Vaccination in Bombay 1902-1912 - 1902-1912
Year: 1902
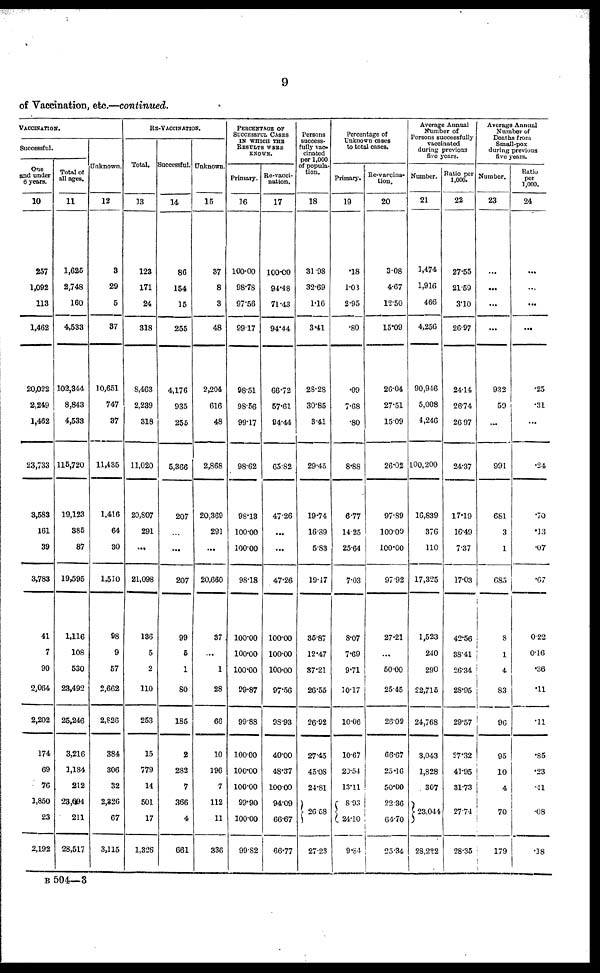
9
of Vaccination, etc.—continued.
VACCINATION.
Successful.
One
and under
6 years.
10
257
1,092
113
1,462
20,022
2,249
1,462
23,733
3,583
161
39
3,783
41
7
90
2,064
2,202
174
69
76
1,850
23
2,192
Total of
all ages.
11
1,625
2,748
160
4,533
102,344
8,843
4,533
115,720
19,123
385
87
19,595
1,116
108
530
23,492
25,246
3,216
1,184
212
23,694
211
28,517
Unknown.
12
3
29
5
37
10,651
747
37
11,435
1,416
64
30
1,510
98
9
57
2,662
2,826
384
306
32
2,326
67
3,115
RE-VACCINATION.
Total.
13
123
171
24
318
8,463
2,239
318
11,020
20,807
291
...
21,098
136
5
2
110
253
15
779
14
501
17
1,326
Successful.
14
86
154
15
255
4,176
935
255
5,366
207
...
...
207
99
5
1
80
185
2
282
7
366
4
661
Unknown.
15
37
8
3
48
2,204
616
48
2,868
20,369
291
...
20,660
37
...
1
28
66
10
196
7
112
11
336
PERCENTAGE OF
SUCCESSFUL CASES
IN WHICH THE
RESULTS WERE
KNOWN.
Primary.
16
100.00
98.78
97.56
99.17
98.51
98.56
99.17
98.62
98.13
100.00
100.00
98.18
100.00
100.00
100.00
99.87
99.88
100.00
100.00
100.00
99.90
100.00
99.82
Re-vacci-
nation.
17
100.00
94.48
71.43
94.44
66.72
57.61
94.44
65.82
47.26
...
...
47.26
100.00
100.00
100.00
97.56
98.93
40.00
48.37
100.00
94.09
66.67
66.77
Persons
success-
fully vac-
cinated
per 1,000
of popula-
tion.
18
31.98
32.69
1.16
3.41
28.28
30.85
3.41
29.45
19.74
16.89
5.83
19.17
35.87
12.47
37.21
26.55
26.92
27.45
45.08
24.81
26.58
27.23
Percentage of
Unknown cases
to total cases.
Primary.
19
.18
1.08
2.95
.80
.09
7.68
.80
8.88
6.77
14.25
25.64
7.03
8.07
7.69
9.71
10.17
10.06
10.67
20.54
13.11
8.93
24.10
9.84
Re-vaccina-
tion.
20
3.08
4.67
12.50
15.09
26.04
27.51
15.09
26.02
97.89
100.00
100.00
97.92
27.21
...
50.00
25.45
26.09
66.67
25.16
50.00
22.36
64.70
25.34
Average Annual
Number of
Persons successfully
vaccinated
during previous
five years.
Number.
21
1,474
1,916
466
4,256
90,946
5,008
4,246
100,200
16,839
376
110
17,325
1,523
240
290
22,715
24,768
3,043
1,828
307
23,044
28,222
Ratio per
1,000.
22
27.55
21.59
3.10
26.97
24.14
26.74
26.97
24.37
17.19
16.49
7.37
17.03
42.56
38.41
26.34
28.95
29.57
27.32
41.95
31.73
27.74
28.35
Average Annual
Number of
Deaths from
Small-pox
during previous
five years.
Number.
23
...
...
...
...
932
59
...
991
681
3
1
685
8
1
4
83
96
95
10
4
70
179
Ratio
per
1,000.
24
...
...
...
...
.25
.31
...
.24
.70
.13
.07
.67
0.22
0.16
.36
.11
.11
.85
.23
.11
.08
.18
B504— 3